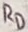
Text: RD